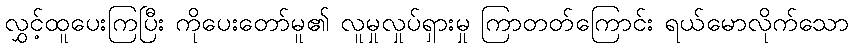
လွှင့်ထူပေးကြပြီး ကိုပေးတော်မူ၏ လူမှုလှုပ်ရှားမှု ကြာတတ်ကြောင်း ရယ်မောလိုက်သော